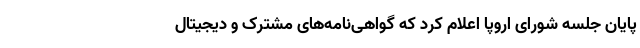
پایان جلسه شورای اروپا اعلام کرد که گواهی‌نامه‌های مشترک و دیجیتال